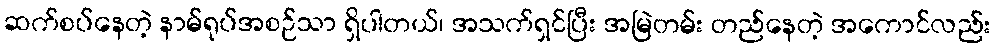
ဆက်စပ်နေတဲ့ နာမ်ရုပ်အစဉ်သာ ရှိပါတယ်၊ အသက်ရှင်ပြီး အမြဲတမ်း တည်နေတဲ့ အကောင်လည်း